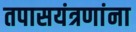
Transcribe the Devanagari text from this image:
तपासयंत्रणांना